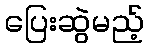
ပြေးဆွဲမည့်